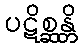
ပဋိစ္ဆန္တိ